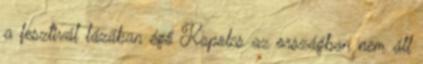
a fesztivál lázában égő Kapolcs az országban nem áll